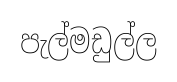
පැල්මඩුල්ල